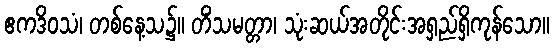
ဧကဒိဝသံ၊ တစ်နေ့သ၌။ တိံသမတ္တာ၊ သုံးဆယ်အတိုင်းအရှည်ရှိကုန်သော။